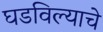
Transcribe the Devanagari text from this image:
घडविल्याचे